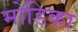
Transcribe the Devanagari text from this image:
मोडिका